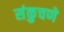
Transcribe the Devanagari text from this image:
संकुचणे